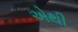
એથી